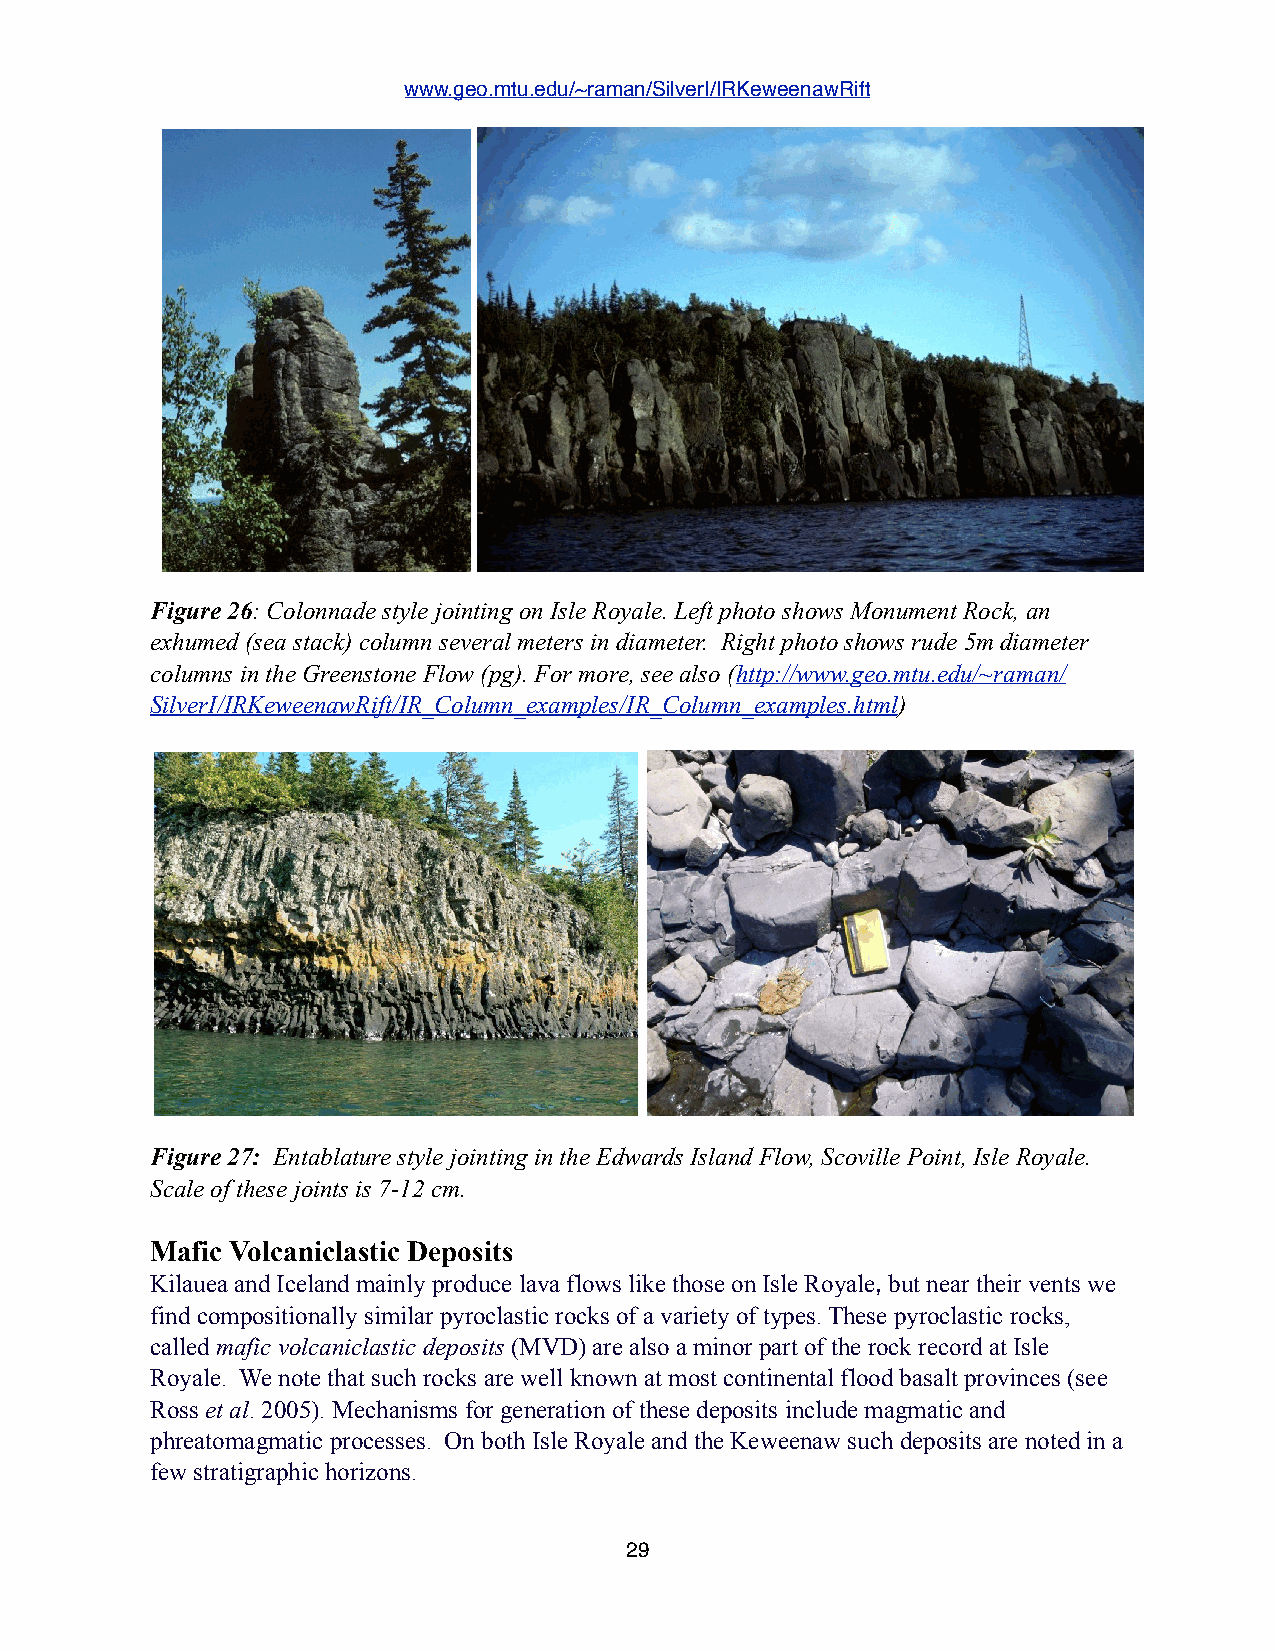
www.geo.mtu.edu/~raman/SilverI/IRKeweenawRift
 Figure 26: Colonnade style jointing on Isle Royale. Left photo shows Monument Rock, an
 exhumed (sea stack) column several meters in diameter. Right photo shows rude 5m diameter
 columns in the Greenstone Flow (pg). For more, see also (http://www.geo.mtu.edu/~raman/
 SilverI/IRKeweenawRift/IR_Column_examples/IR_Column_examples.html)
 Figure 27: Entablature style jointing in the Edwards Island Flow, Scoville Point, Isle Royale.
 Scale of these joints is 7-12 cm.
 Mafic Volcaniclastic Deposits
 Kilauea and Iceland mainly produce lava flows like those on Isle Royale, but near their vents we
 find compositionally similar pyroclastic rocks of a variety of types. These pyroclastic rocks,
 called mafic volcaniclastic deposits (MVD) are also a minor part of the rock record at Isle
 Royale. We note that such rocks are well known at most continental flood basalt provinces (see
 Ross et al. 2005). Mechanisms for generation of these deposits include magmatic and
 phreatomagmatic processes. On both Isle Royale and the Keweenaw such deposits are noted in a
 few stratigraphic horizons.
 29